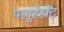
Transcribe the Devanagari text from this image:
फ्लुरेसेंट